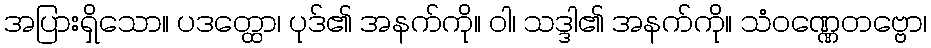
အပြားရှိသော။ ပဒတ္ထော၊ ပုဒ်၏ အနက်ကို။ ဝါ၊ သဒ္ဒါ၏ အနက်ကို။ သံဝဏ္ဏေတဗ္ဗော၊